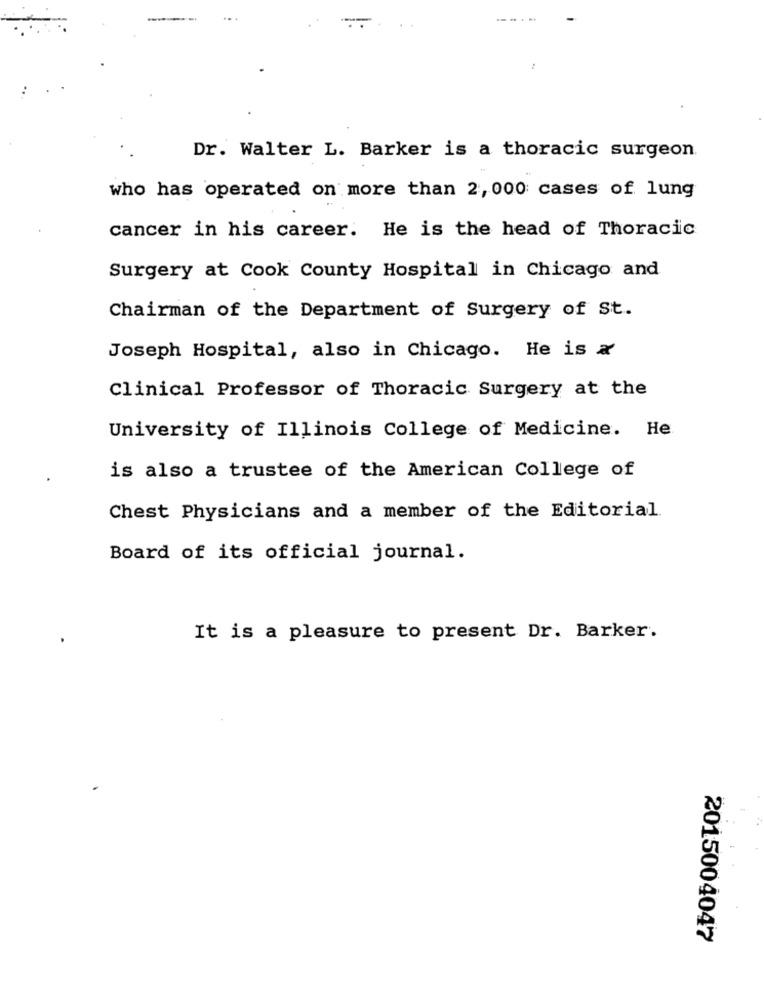
...
. .
Dr. Walter L. Barker is a thoracic surgeon
who has operated on more than 2, 000 cases of lung
cancer in his career. He is the head of Thoracic
Surgery at Cook County Hospital in Chicago and
Chairman of the Department of Surgery of St.
Joseph Hospital, also in Chicago. He is a
Clinical Professor of Thoracic Surgery at the
University of Illinois College of Medicine. He
is also a trustee of the American College of
Chest Physicians and a member of the Editorial
Board of its official journal.
.
It is a pleasure to present Dr. Barker.
2015004047